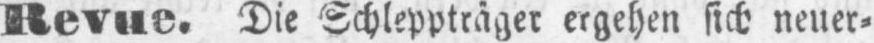
Revue. Die Schleppträger ergehen sich neuer⸗